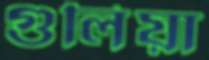
গুলিয়া